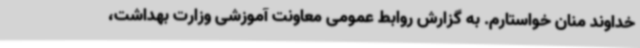
خداوند منان خواستارم. به گزارش روابط عمومی معاونت آموزشی وزارت بهداشت،